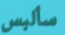
سألبس